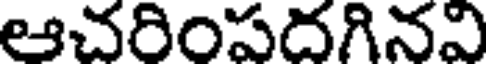
ఆచరింపదగినవి